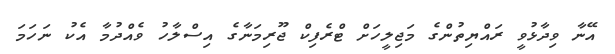
އޭނާ ވިދާޅުވީ ރައްޔިތުންގެ މަޖިލީހަށް ޓްރެފިކް ޖޫރިމަނާގެ އިސްލާހު ވެއްދުމާ އެކު ނަހަމަ